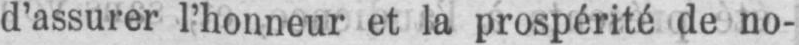
d’assurer l’honneur et la prospérité de no-